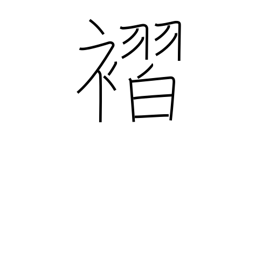
Meaning: pleats